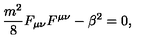
\frac { m ^ { 2 } } { 8 } F _ { \mu \nu } F ^ { \mu \nu } - \beta ^ { 2 } = 0 ,